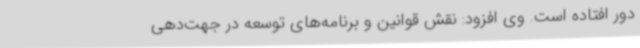
دور افتاده است. وی افزود: نقش قوانین و برنامه‌های توسعه در جهت‌دهی